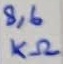
Text: 8,6KΩ